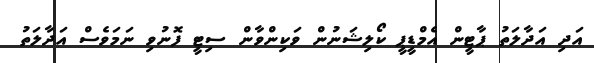
އަދި އަދާލަތު ޕާޓީން އެމްޑީޕީ ކޯލިޝަނުން ވަކިންވާން ސިޓީ ފޮނުވި ނަމަވެސް އަދާލަތު